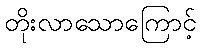
တိုးလာသောကြောင့်